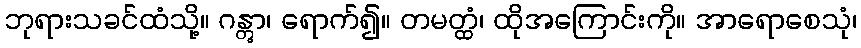
ဘုရားသခင်ထံသို့။ ဂန္တွာ၊ ရောက်၍။ တမတ္ထံ၊ ထိုအကြောင်းကို။ အာရောစေသုံ၊